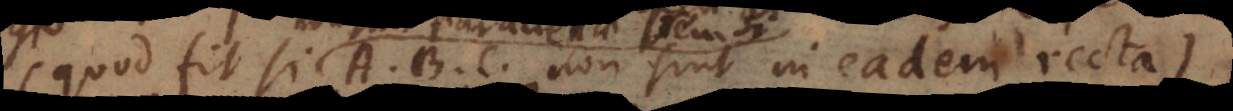
seu si A, B, C non sint in eadem recta),